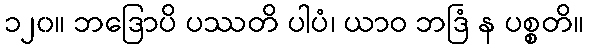
၁၂၀။ ဘဒြောပိ ပဿတိ ပါပံ၊ ယာဝ ဘဒြံ န ပစ္စတိ။